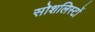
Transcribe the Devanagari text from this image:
सोशलिस्टों